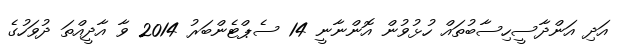
އަދި އަންދާސީހިސާބުތައް ހުޅުވުން އޮންނާނީ 14 ސެޕްޓެންބަރު 2014 ވާ އާދީއްތަ ދުވަހުގެ